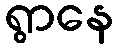
ရွာနေ